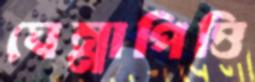
ঘেন্নাপিত্তি